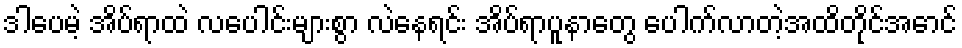
ဒါပေမဲ့ အိပ်ရာထဲ လပေါင်းများစွာ လဲနေရင်း အိပ်ရာပူနာတွေ ပေါက်လာတဲ့အထိတိုင်အောင်